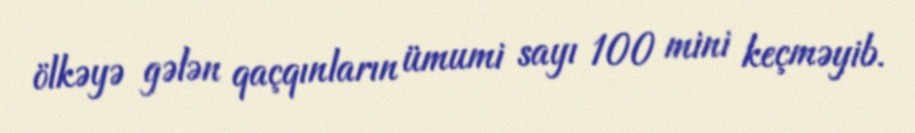
ölkəyə gələn qaçqınların ümumi sayı 100 mini keçməyib.